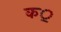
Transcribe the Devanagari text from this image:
क॒